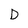
Character: D